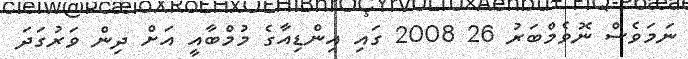
ނަމަވެސް ނޮވެމްބަރު 26 2008 ގައި އިންޑިއާގެ މުމްބާއީ އަށް ދިން ވަރުގަދަ